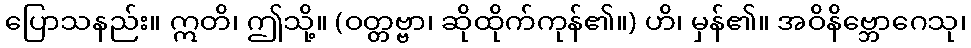
ပြောသနည်း။ ဣတိ၊ ဤသို့။ (ဝတ္တဗ္ဗာ၊ ဆိုထိုက်ကုန်၏။) ဟိ၊ မှန်၏။ အဝိနိဗ္ဘောဂေသု၊